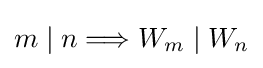
m\mid n\Longrightarrow W_{m}\mid W_{n}